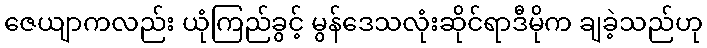
ဇေယျာကလည်း ယုံကြည်ခွင့် မွန်ဒေသလုံးဆိုင်ရာဒီမိုက ချခဲ့သည်ဟု